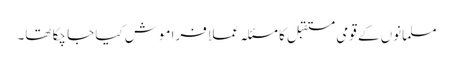
مسلمانوں کے قومی مستقبل کا مسئلہ عملاً فراموش کیا جا چکا تھا۔